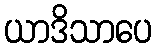
ယာဒိသာပေ